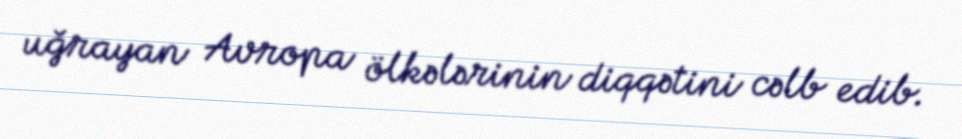
uğrayan Avropa ölkələrinin diqqətini cəlb edib.